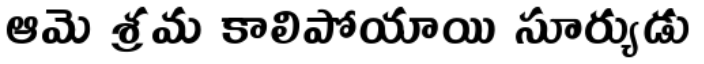
ఆమె శ్రమ కాలిపోయాయి సూర్యుడు